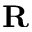
\mathbf { R }